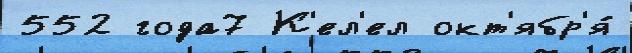
552 года7 К'ел'ел окт'ябр'я́